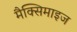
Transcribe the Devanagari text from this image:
मैक्सिमाइज